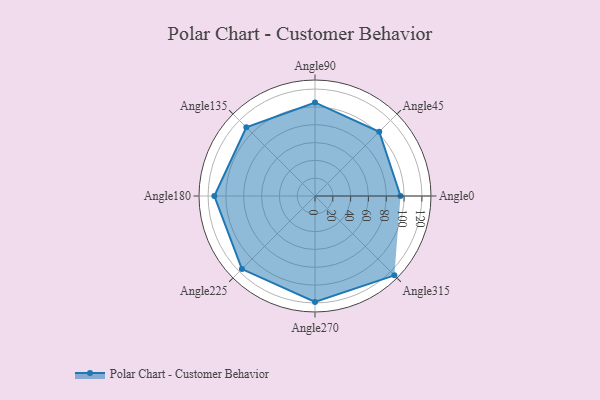
{"axis": {"x": "Angle", "y": "Radius"}, "legend": [""], "data": [{"x": "Angle0", "y": 96.0, "type": ""}, {"x": "Angle45", "y": 102.0, "type": ""}, {"x": "Angle90", "y": 105.0, "type": ""}, {"x": "Angle135", "y": 109.0, "type": ""}, {"x": "Angle180", "y": 113.0, "type": ""}, {"x": "Angle225", "y": 116.0, "type": ""}, {"x": "Angle270", "y": 119.0, "type": ""}, {"x": "Angle315", "y": 126.0, "type": ""}]}